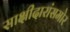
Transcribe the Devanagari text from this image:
साक्षीदारांसमोर